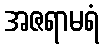
အဇရာမရံ